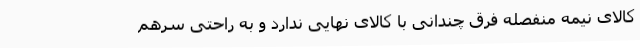
کالای نیمه منفصله فرق چندانی با کالای نهایی ندارد و به راحتی سرهم